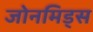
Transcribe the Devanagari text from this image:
जोनमिड्स